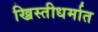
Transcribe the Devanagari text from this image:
ख्रिस्तीधर्मात